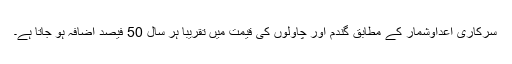
سرکاری اعداوشمار کے مطابق گندم اور چاولوں کی قیمت میں تقریبا ہر سال 50 فیصد اضافہ ہو جاتا ہے۔